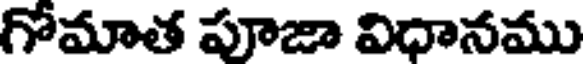
గోమాత పూజా విధానము